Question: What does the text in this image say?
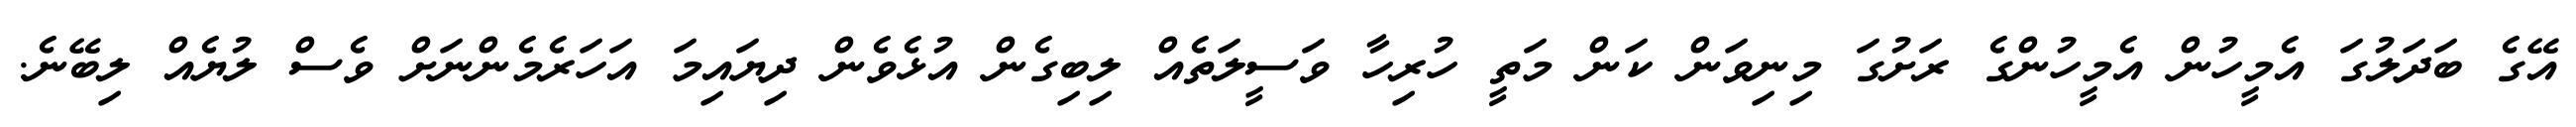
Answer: އޭގެ ބަދަލުގަ އެމީހުން އެމީހުންގެ ރަށުގަ މިނިވަން ކަން މަތީ ހުރިހާ ވަސީލަތެއް ލިބިގެން އުޅެވެން ދިޔައިމަ އަހަރެމެންނަށް ވެސް ލުޔެއް ލިބޭނެ.